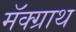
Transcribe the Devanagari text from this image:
मॅक्ग्राथ